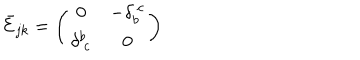
\bar { \cal E } _ { j k } = \left( \begin{array} { c c } { { 0 } } & { { - \delta _ { b } ^ { ~ c } } } \\ { { \delta _ { ~ c } ^ { b } } } & { { 0 } } \\ \end{array} \right)